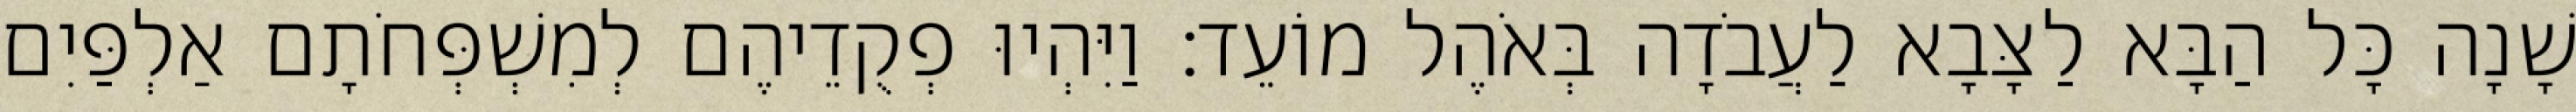
שָׁנָה כָּל הַבָּא לַצָּבָא לַעֲבֹדָה בְּאֹהֶל מוֹעֵד׃ וַיִּהְיוּ פְקֻדֵיהֶם לְמִשְׁפְּחֹתָם אַלְפַּיִם